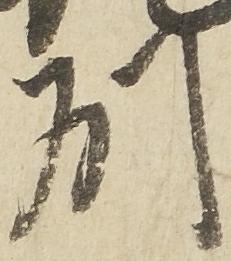
州